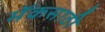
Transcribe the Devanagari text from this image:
मॅकसाठी